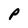
Character: P